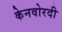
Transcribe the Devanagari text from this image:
केनवोरदी